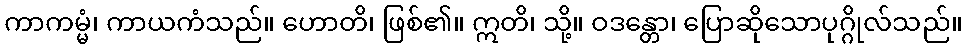
ကာကမ္မံ၊ ကာယကံသည်။ ဟောတိ၊ ဖြစ်၏။ ဣတိ၊ သို့။ ဝဒန္တော၊ ပြောဆိုသောပုဂ္ဂိုလ်သည်။